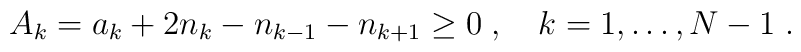
A_k = a_k + 2n_k - n_{k-1} - n_{k+1} \geq 0\;, \quad k=1,\ldots, N-1\;.